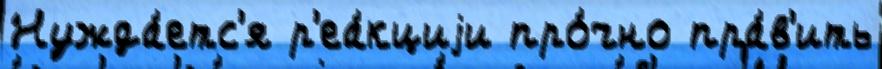
Нужда́етс'я р'еа́кциjи про́чно пра́в'ить